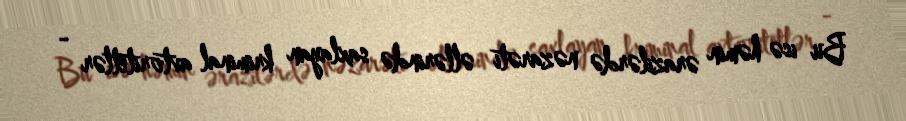
Bu isə həmin ərazilərdə nəzarəti əllərində saxlayan kriminal avtoritetlər -